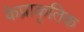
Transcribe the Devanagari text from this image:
केप्राकृतिक